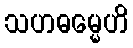
သဟဓမ္မေဟိ